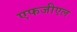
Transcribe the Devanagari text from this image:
एफजीएल